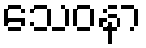
သေဝနာ